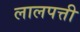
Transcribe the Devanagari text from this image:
लालपत्ती